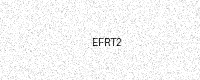
Text: EFRT2